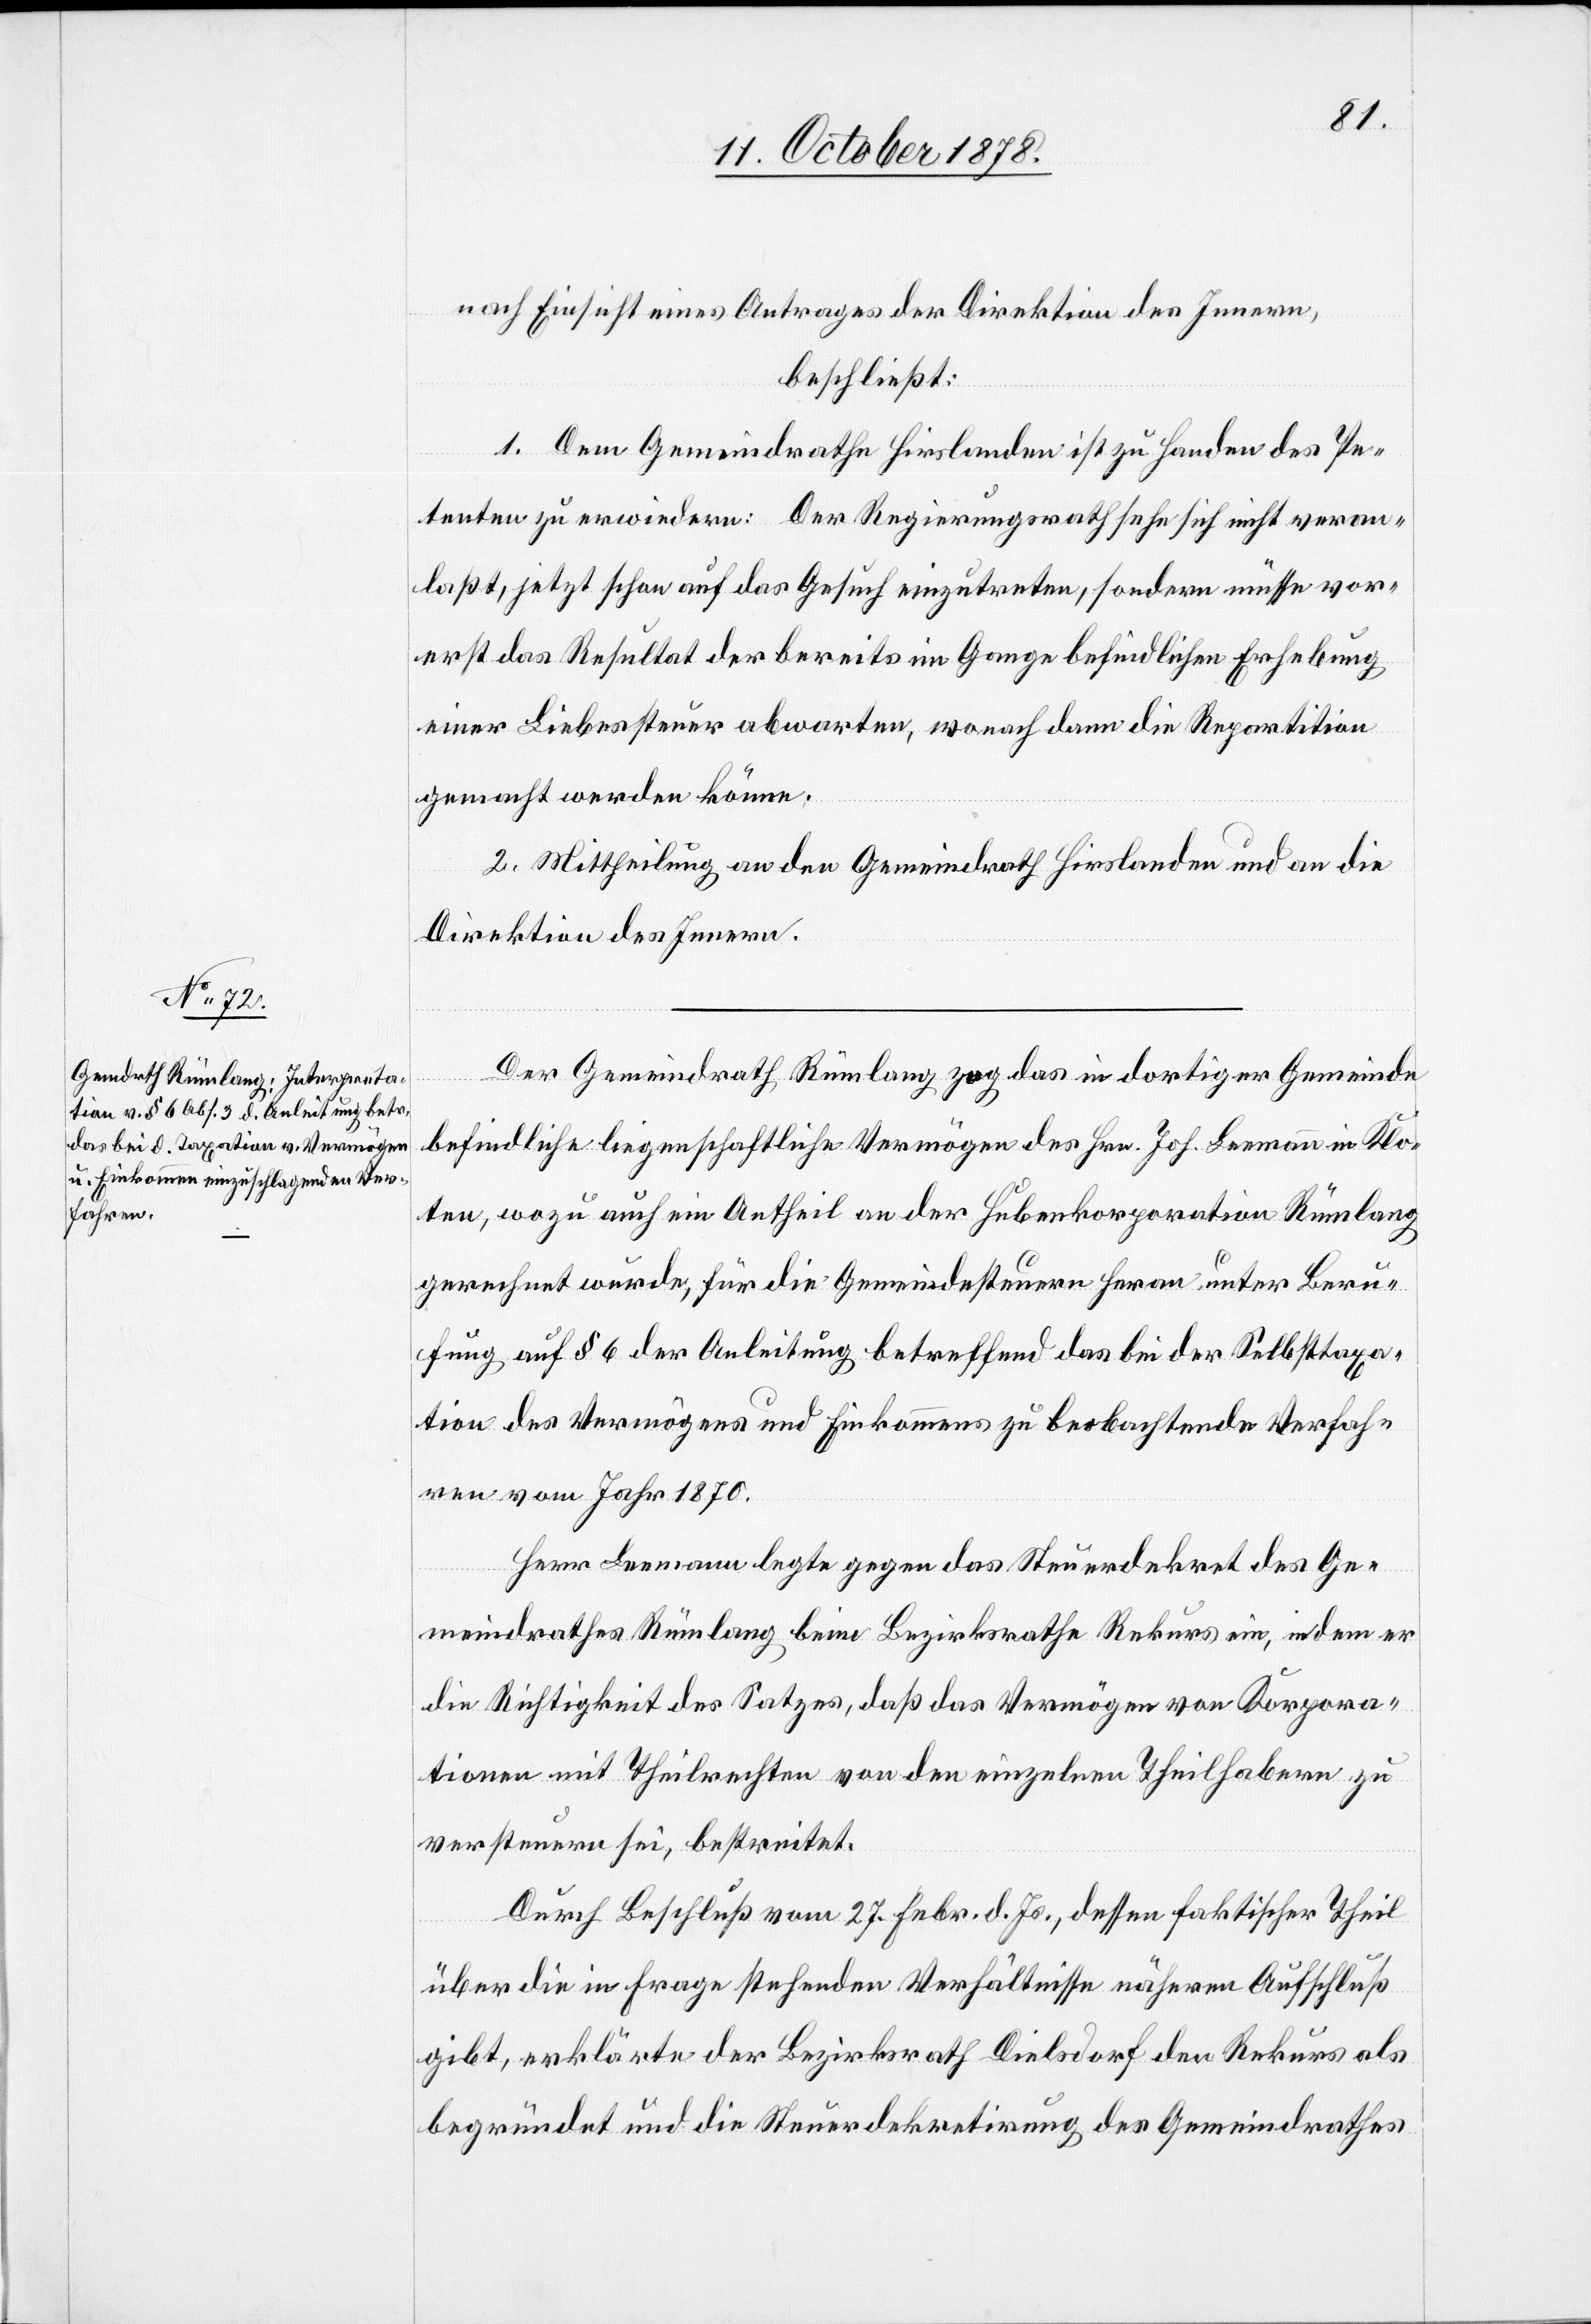
nach Einsicht eines Antrages der Direktion des Innern,
beschließt:
1. Dem Gemeindrathe Hirslanden ist zu Handen des Pe¬
tenten zu erwiedern: Der Regierungsrath sehe sich nicht veran¬
laßt, jetzt schon auf das Gesuch einzutreten, sondern müsse vor¬
erst das Resultat der bereits im Gange befindlichen Erhebung
einer Liebessteuer abwarten, wonach dann die Repartition
gemacht werden könne.
2. Mittheilung an den Gemeindrath Hirslanden und an die
Direktion des Innern.
Der Gemeindrath Rümlang zog das in dortiger Gemeinde
befindliche liegenschaftliche Vermögen des Hrn. Joh. Leemann in Klo¬
ten, wozu auch ein Antheil an der Hubenkorporation Rümlang
gerechnet wurde, für die Gemeindesteuern heran unter Beru¬
fung auf § 6 der Anleitung betreffend das bei der Selbsttaxa¬
tion des Vermögens und Einkommens zu beobachtende Verfah¬
ren vom Jahr 1870.
Herr Leemann legte gegen das Stundendekret des Ge¬
meindrathes Rümlang beim Bezirksrathe Rekurs ein, indem er
die Richtigkeit des Satzes, daß das Vermögen von Korpora¬
tionen mit Theilrechten von den einzelnen Theilhabern zu
versteuern sei, bestreitet.
Durch Beschluß vom 27. Febr. d. Js., dessen faktischer Theil
über die in Frage stehenden Verhältnisse näheren Aufschluß
gibt, erklärte der Bezirksrath Dielsdorf den Rekurs als
begründet und die Steuerdekretirung des Gemeindrathes